Lunatic asylums Central Provinces reports 1895-1909 - 1895-1909
Year: 1895
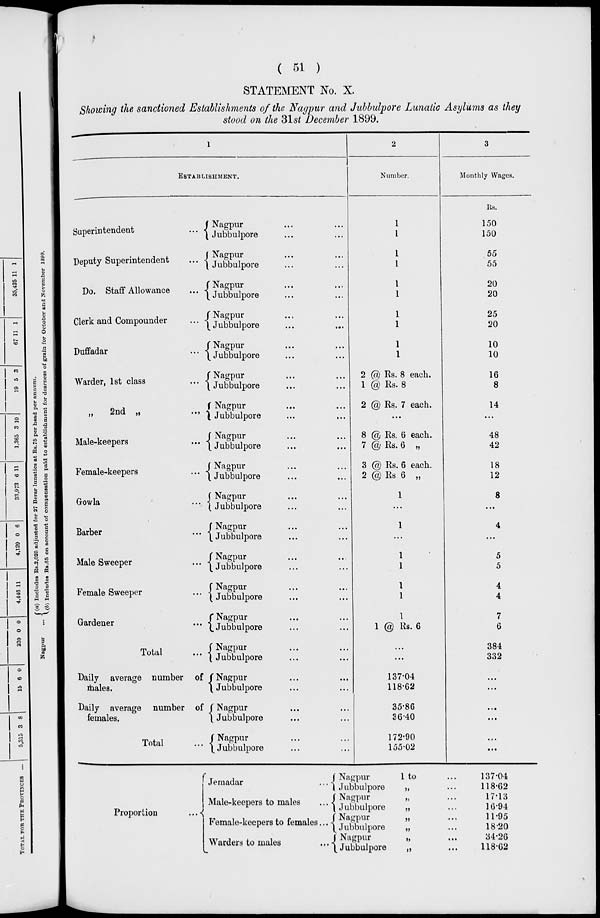
( 51 )
STATEMENT No. X.
Showing the sanctioned Establishments of the Nagpur and Jubbulpore Lunatic Asylums as they
stood on the 31st December 1899.
1
ESTABLISHMENT.
Superintendent ...
Deputy Superintendent ...
Do. Staff Allowance ...
Clerk and Compounder ...
Duffadar ...
Warder, 1st class ...
„
2nd „ ...
Male-keepers ...
Female-keepers ...
Gowla ...
Barber ...
Male Sweeper ...
Female Sweeper ...
Gardener ...
Total ...
Daily average number of
males.
Daily average number of
females.
Total ...
Nagpur ... ...
Jubbulpore ... ...
Nagpur ... ...
Jubbulpore ... ...
Nagpur ... ...
Jubbulpore ... ...
Nagpur ... ...
Jubbulpore ... ...
Nagpur ... ...
Jubbulpore ... ...
Nagpur ... ...
Jubbulpore ... ...
Nagpur ... ...
Jubbulpore ... ...
Nagpur ... ...
Jubbulpore ... ...
Nagpur ... ...
Jubbulpore ... ...
Nagpur ... ...
Jubbulpore ... ...
Nagpur ... ...
Jubbulpore ... ...
Nagpur ... ...
Jubbulpore ... ...
Nagpur ... ...
Jubbulpore ... ...
Nagpur ... ...
Jubbulpore ... ...
Nagpur ... ...
Jubbulpore ... ...
Nagpur ... ...
Jubbulpore ... ...
Nagpur ... ...
Jubbulpore ... ...
Nagpur ... ...
Jubbulpore ... ...
2
Number.
1
1
1
1
1
1
1
1
1
1
2 @ Rs. 8 each.
1 @ Rs. 8
2 @ Rs. 7 each.
...
8 @ Rs. 6 each.
7 @ Rs. 6 „
3 @ Rs. 6 each.
2 @ Rs 6 „
1
...
1
...
1
1
1
1
1
1 @ Rs. 6
...
...
137.04
118.62
35.86
36.40
172.90
155.02
3
Monthly Wages.
Rs.
150
150
55
55
20
20
25
20
10
10
16
8
14
...
48
42
18
12
8
...
4
...
5
5
4
4
7
6
384
332
...
...
...
...
...
...
Proportion
...
Jemadar
...
Male-keepers to males
...
Female-keepers to females ...
Warders to males ...
Nagpur
1 to ...
Jubbulpore „ ...
Nagpur „ ...
Jubbulpore „ ...
Nagpur „ ...
Jubbulpore „ ...
Nagpur „ ...
Jubbulpore „ ...
137.04
118.62
17.13
16.94
11.95
18.20
34.26
118.62